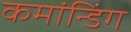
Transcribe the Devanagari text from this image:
कमांन्डिंग